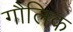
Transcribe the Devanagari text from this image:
गौलिक